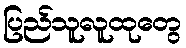
ပြည်သူလူထုတွေ